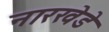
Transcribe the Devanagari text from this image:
नारखेडे